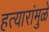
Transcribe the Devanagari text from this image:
हत्यारांमुळे